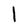
Character: I